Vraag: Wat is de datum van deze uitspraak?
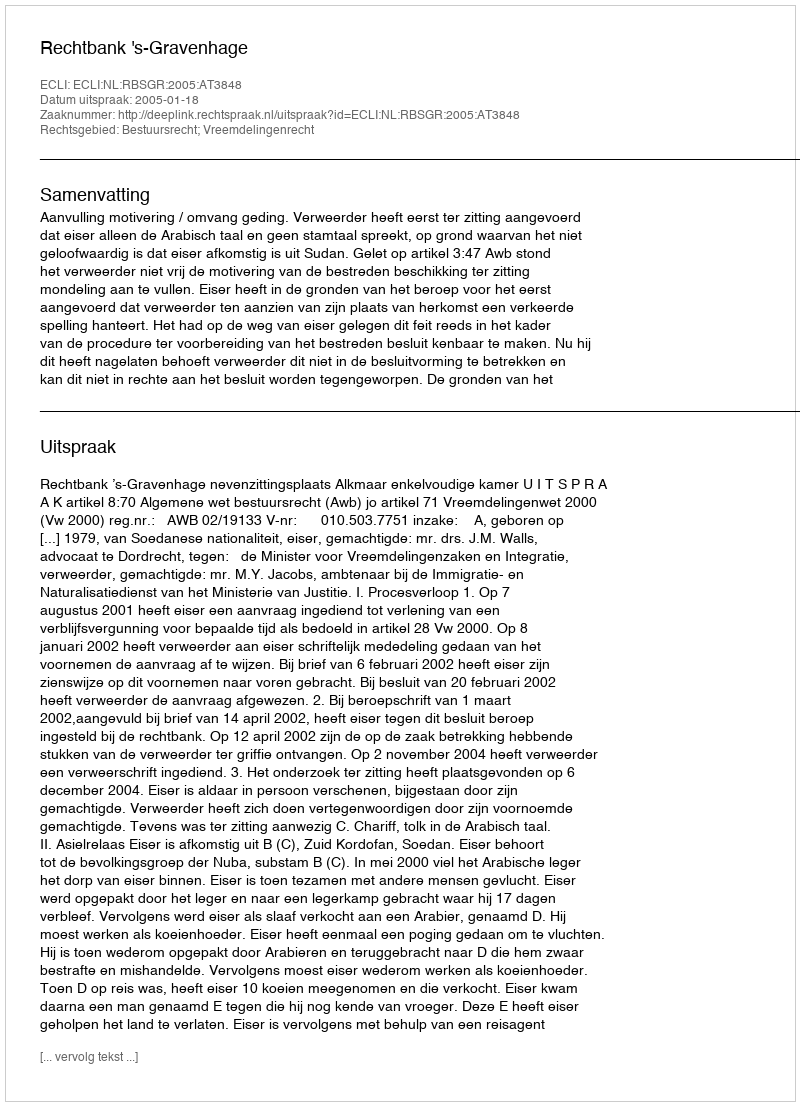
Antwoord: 2005-01-18